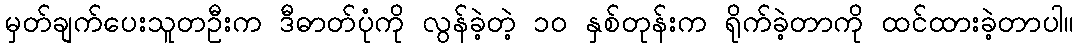
မှတ်ချက်ပေးသူတဦးက ဒီဓာတ်ပုံကို လွန်ခဲ့တဲ့ ၁၀ နှစ်တုန်းက ရိုက်ခဲ့တာကို ထင်ထားခဲ့တာပါ။